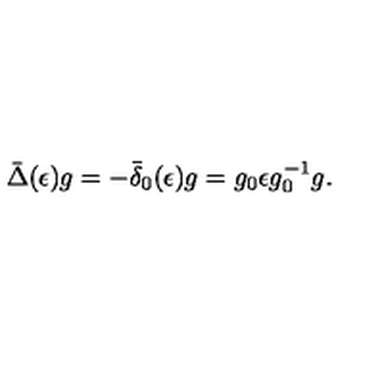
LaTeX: \bar { \Delta } ( \epsilon ) g = - \bar { \delta } _ { 0 } ( \epsilon ) g = g _ { 0 } \epsilon g _ { 0 } ^ { - 1 } g .